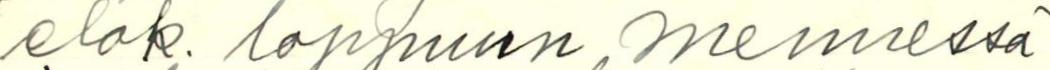
elok. loppuun mennessä